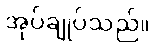
အုပ်ချုပ်သည်။